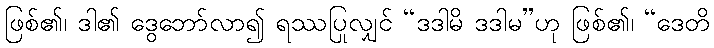
ဖြစ်၏၊ ဒါ၏ ဒွေဘော်လာ၍ ရဿပြုလျှင် “ဒဒါမိ ဒဒါမ”ဟု ဖြစ်၏၊ “ဒေတိ